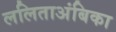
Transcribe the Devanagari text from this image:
ललिताअंबिका